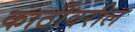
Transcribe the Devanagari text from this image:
काठीवरील